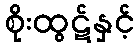
စိုးထွဋ်နှင့်